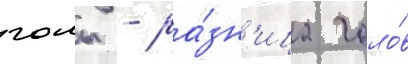
голы - ра́зн'ица голо́в